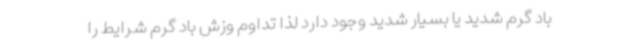
باد گرم شدید یا بسیار شدید وجود دارد لذا تداوم وزش باد گرم شرایط را